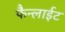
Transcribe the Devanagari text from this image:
फैन्लाईट